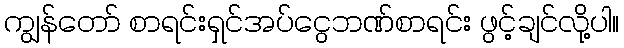
ကျွန်တော် စာရင်းရှင်အပ်ငွေဘဏ်စာရင်း ဖွင့်ချင်လို့ပါ။